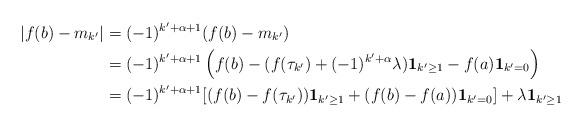
LaTeX: \begin{align*}|f(b)-m_{k'}| & =(-1)^{k'+\alpha+1}(f(b)-m_{k'})\\ & =(-1)^{k'+\alpha+1}\left(f(b)-(f(\tau_{k'})+(-1)^{k'+\alpha}\lambda)\mathbf{1}_{k'\ge1}-f(a)\mathbf{1}_{k'=0}\right)\\ & =(-1)^{k'+\alpha+1}[(f(b)-f(\tau_{k'}))\mathbf{1}_{k'\ge1}+(f(b)-f(a))\mathbf{1}_{k'=0}]+\lambda\mathbf{1}_{k'\ge1}\end{align*}